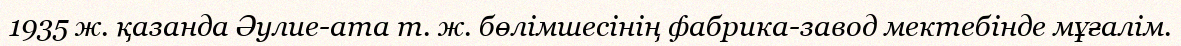
1935 ж. қазанда Әулие-ата т. ж. бөлімшесінің фабрика-завод мектебінде мұғалім.